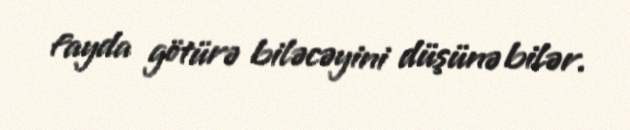
fayda götürə biləcəyini düşünə bilər.